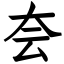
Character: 夽